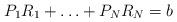
LaTeX: \begin{align*}P_1R_1+ \ldots + P_NR_N = b \end{align*}